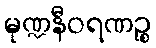
မုဏ္ဍနီဝရဏဉ္စ